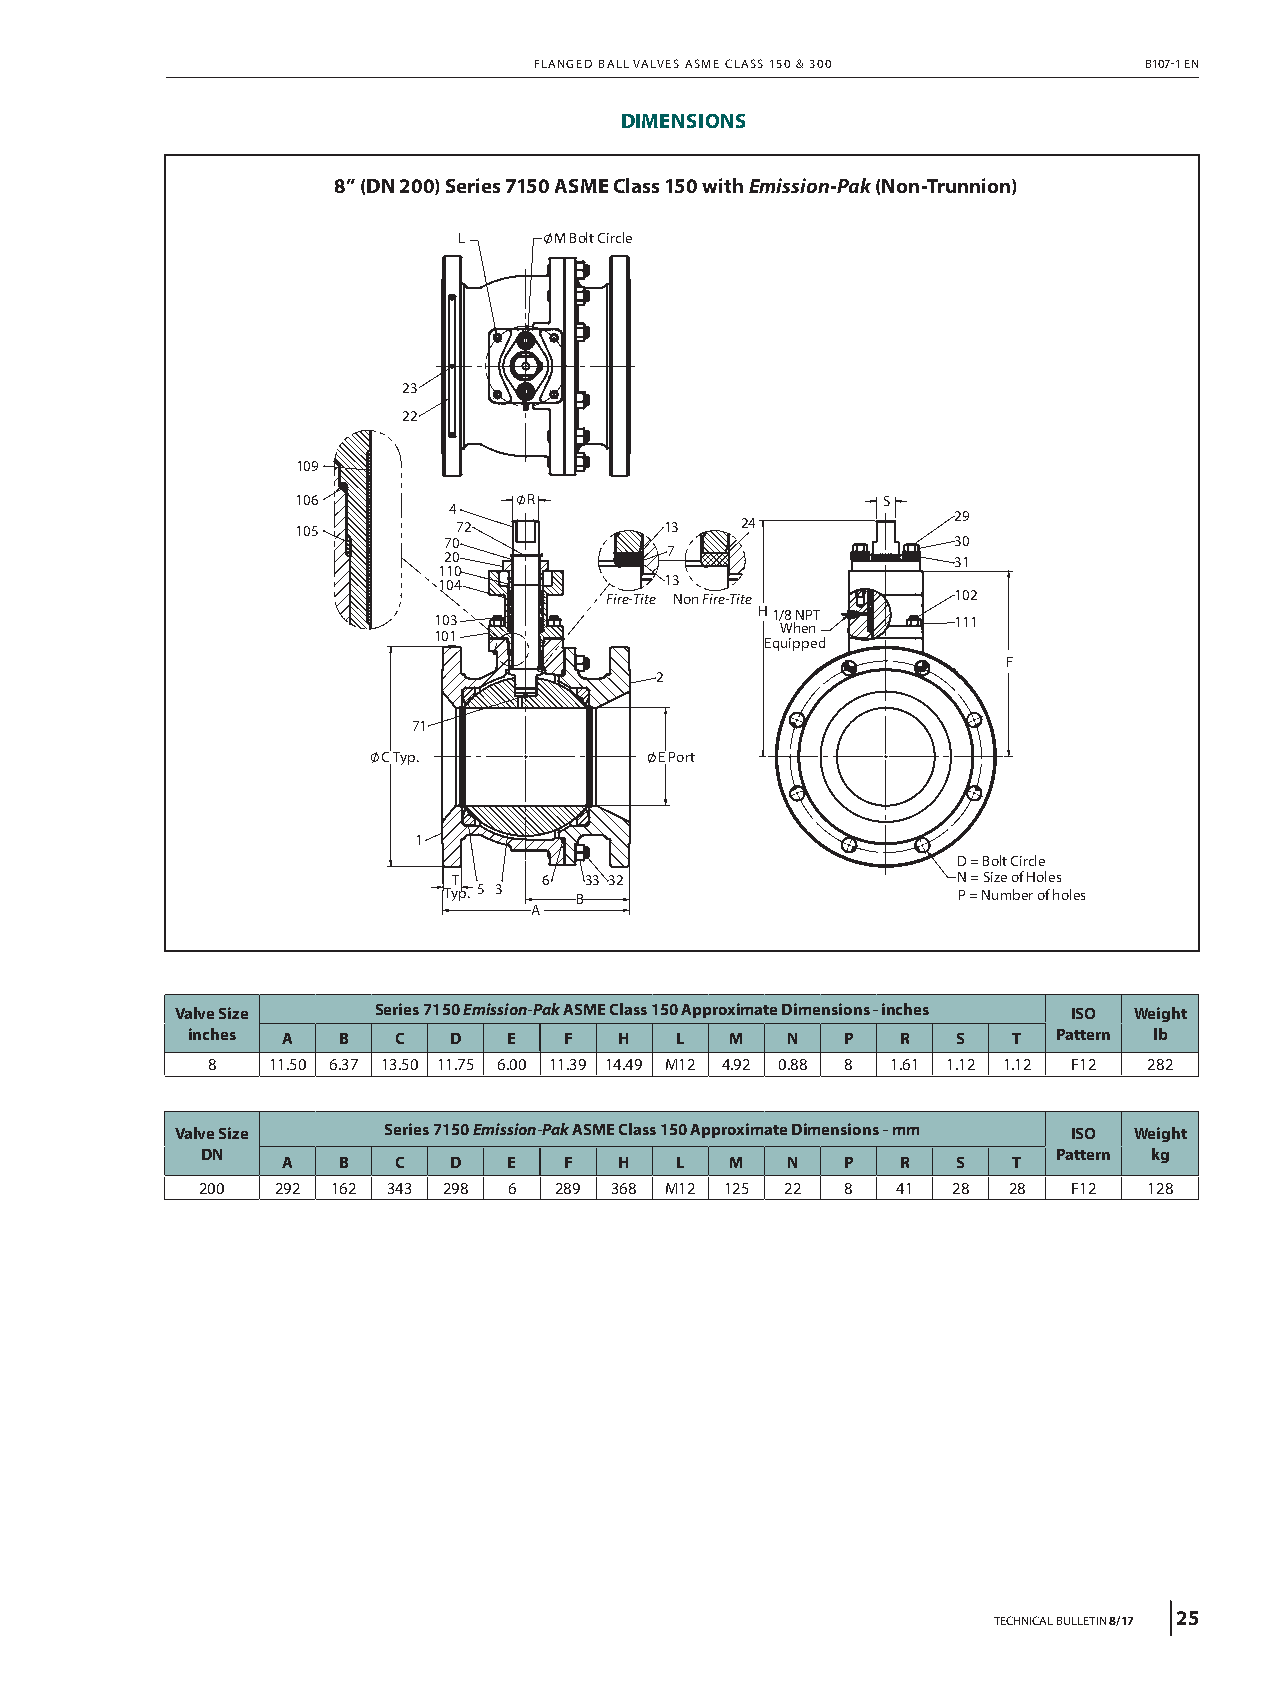
FLANGED BALL VALVES ASME CLASS 150 & 300 B107-1 EN
 DIMENSIONS
 8” (DN 200) Series 7150 ASME Class 150 with Emission-Pak (Non-Trunnion)
 L      M Bolt Circle
 23
 22
 109
 106            R                      S
 4
 29
 105       72            13   24
 70                                30
 20             7                  31
 110
 104            13
 Fire-Tite Non Fire-Tite 102
 103                  H1/ W8 hN eP nT 111
 101
 Equipped
 F
 2
 71
 C Typ.             E Port
 1
 D = Bolt Circle
 T     6  33 32                   N = Size of Holes
 Typ. 5 3 B                        P = Number of holes
 A
 Valve Size   Series 7150 Emission-Pak ASME Class 150 Approximate Dimensions - inches ISO Weight
 inches A  B   C   D   E  F   H   L  M   N   P   R  S   T  Pattern lb
 8   11.50 6.37 13.50 11.75 6.00 11.39 14.49 M12 4.92 0.88 8 1.61 1.12 1.12 F12 282
 Valve Size   Series 7150 Emission-Pak ASME Class 150 Approximate Dimensions - mm ISO Weight
 DN                                                       Pattern kg
 A  B   C   D   E  F   H   L  M   N   P   R  S   T
 200  292 162 343 298 6  289 368 M12 125 22 8  41  28  28  F12  128
 TECHNICAL BULLETIN 8/17 25